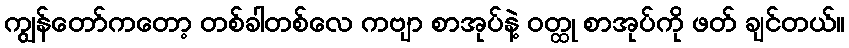
ကျွန်တော်ကတော့ တစ်ခါတစ်လေ ကဗျာ စာအုပ်နဲ့ ဝတ္ထု စာအုပ်ကို ဖတ် ချင်တယ်။